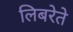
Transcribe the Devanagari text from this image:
लिबरेते